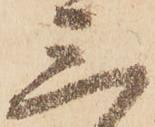
三